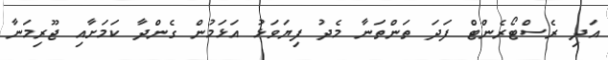
އަދި ރެސްޓޯރެންޓް ފަދަ ތަންތަނާ މެދު ފިޔަވަޅު އަޅަމުން ގެންދާ ކަމަށާއި ޖޫރިމަނާ